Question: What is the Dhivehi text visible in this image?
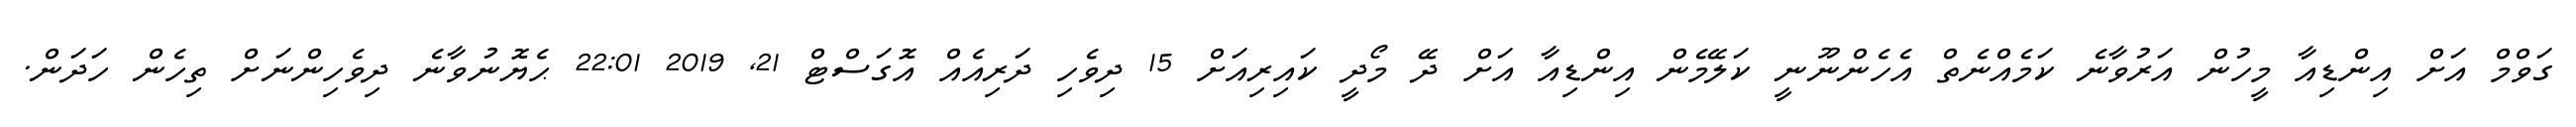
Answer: ގަވްމް އަށް އިންޑިއާ މީހުން އަރުވާނެ ކަމެއްނެތް އެހެންނޫނީ ކަލޭމެން އިންޑިއާ އަށް ދޭ މޯދީ ކައިރިއަށް 15 ދިވެހި ދަރިއެއް އޮގަސްޓް 21, 2019 22:01 ޙެޔޮނުވާނެ ދިވެހިންނަށް ތިހެން ހަދަން.